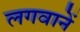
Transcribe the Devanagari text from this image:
लगवानें